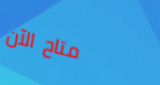
متاح الآن